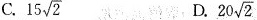
C. 15 \sqrt{2} D. 20 \sqrt{2}